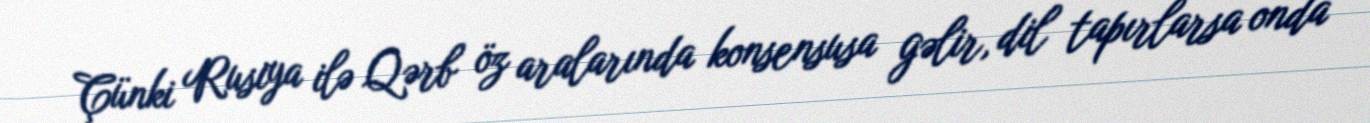
Çünki Rusiya ilə Qərb öz aralarında konsensusa gəlir, dil tapırlarsa onda